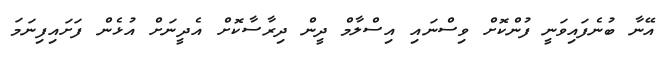
އޭނާ ބުނެފައިވަނީ ފުންކޮށް ވިސްނައި އިސްލާމް ދީން ދިރާސާކޮށް އެދީނަށް އުޅެން ފަށައިފިނަމަ